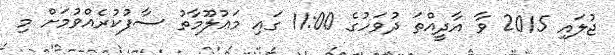
ޖުލައި 2015 ވާ އާދީއްތަ ދުވަހުގެ 11:00 ގައި މަޢުލޫމާތު ސާފުކުރެއްވުމަށް މި